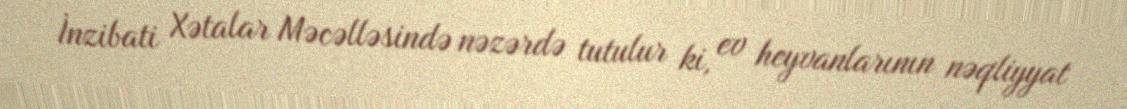
İnzibati Xətalar Məcəlləsində nəzərdə tutulur ki, ev heyvanlarının nəqliyyat